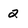
Character: 2